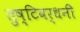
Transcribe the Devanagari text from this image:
तुष्टिवर्धनी